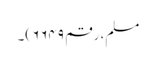
مسلم، رقم ۶۶۴۹)۔